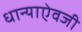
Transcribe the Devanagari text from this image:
धान्याऐवजी